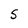
Character: 5